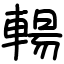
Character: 輰